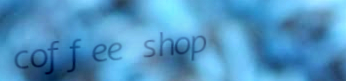
coffee shop